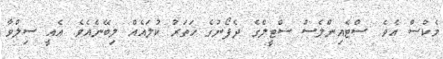
މެކްސް އެވެ. ސްޓެއިންލެސް ސްޓީލްގެ ދެފޯނުގެ ހަތަރު ކުލައެއް ލިބޭނެއެވެ. އެއީ ސިލްވާ